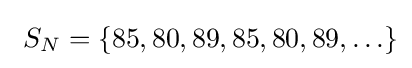
\ S_{N}=\{85,80,89,85,80,89,\ldots \}